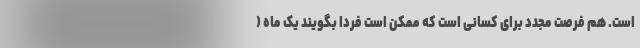
است. هم فرصت مجدد برای کسانی است که ممکن است فردا بگویند یک ماه (